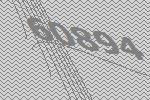
60894